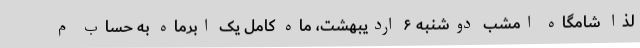
لذا شامگاه امشب دوشنبه ۶ اردیبهشت، ماه کامل یک اَبَرماه به حساب م